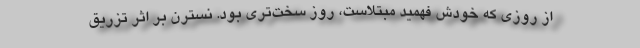
از روزی که خودش فهمید مبتلاست، روز سخت‌تری بود. نسترن بر اثر تزریق